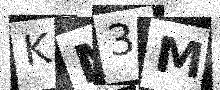
Text: KM3M